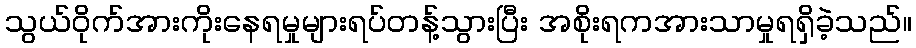
သွယ်ဝိုက်အားကိုးနေရမှုများရပ်တန့်သွားပြီး အစိုးရကအားသာမှုရရှိခဲ့သည်။